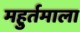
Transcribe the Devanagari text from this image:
महुर्तमाला